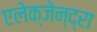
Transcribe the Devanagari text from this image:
एलेक्जेन्द्रा